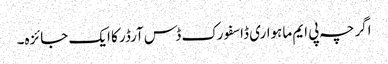
اگرچہ پی ایم ماہواری ڈاسفورک ڈس آرڈر کا ایک جائزہ۔